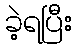
ခဲ့ရပြီး